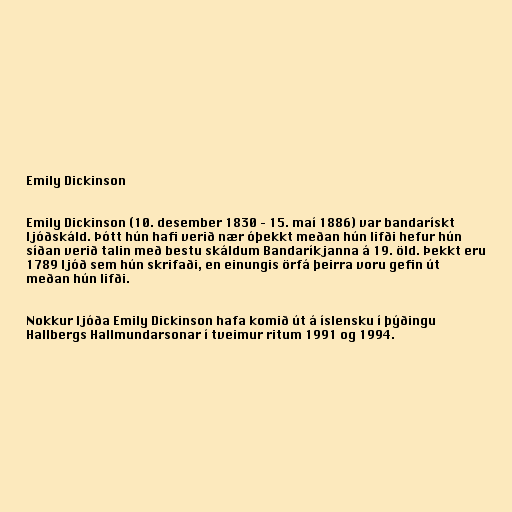
Emily Dickinson

Emily Dickinson (10. desember 1830 – 15. maí 1886) var bandarískt
ljóðskáld. Þótt hún hafi verið nær óþekkt meðan hún lifði hefur hún
síðan verið talin með bestu skáldum Bandaríkjanna á 19. öld. Þekkt eru
1789 ljóð sem hún skrifaði, en einungis örfá þeirra voru gefin út
meðan hún lifði.

Nokkur ljóða Emily Dickinson hafa komið út á íslensku í þýðingu
Hallbergs Hallmundarsonar í tveimur ritum 1991 og 1994.